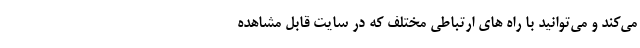
می‌کند و می‌توانید با راه های ارتباطی مختلف که در سایت قابل مشاهده